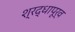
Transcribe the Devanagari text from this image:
श्रद्धापूर्व